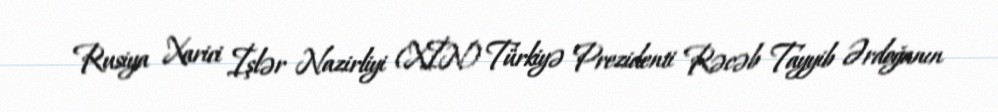
Rusiya Xarici İşlər Nazirliyi (XİN) Türkiyə Prezidenti Rəcəb Tayyib Ərdoğanın